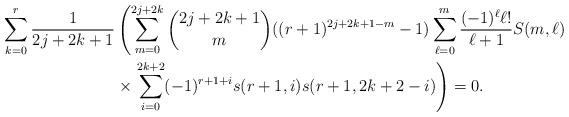
LaTeX: \begin{align*}\sum_{k=0}^{r}\frac{1}{2j+2k+1} & \left(\sum_{m=0}^{2j+2k}\binom{2j+2k+1}{m}((r+1)^{2j+2k+1-m}-1)\sum_{\ell=0}^{m}\frac{(-1)^{\ell}\ell!}{\ell+1}S(m,\ell)\right.\\ & \times\left.\sum_{i=0}^{2k+2}(-1)^{r+1+i}s(r+1,i)s(r+1,2k+2-i)\right)=0.\end{align*}